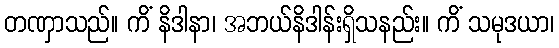
တဏှာသည်။ ကိံ နိဒါနာ၊ အဘယ်နိဒါန်းရှိသနည်း။ ကိံ သမုဒယာ၊